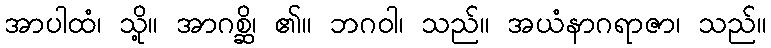
အာပါထံ၊ သို့။ အာဂစ္ဆိ၊ ၏။ ဘဂဝါ၊ သည်။ အယံနာဂရာဇာ၊ သည်။